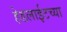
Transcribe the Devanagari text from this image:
हेडलाईटच्या